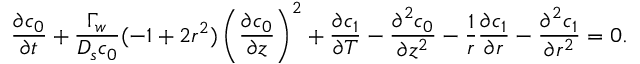
\frac { \partial c _ { 0 } } { \partial t } + \frac { \Gamma _ { w } } { D _ { s } c _ { 0 } } ( - 1 + 2 r ^ { 2 } ) \left( \frac { \partial c _ { 0 } } { \partial z } \right) ^ { 2 } + \frac { \partial c _ { 1 } } { \partial T } - \frac { \partial ^ { 2 } c _ { 0 } } { \partial z ^ { 2 } } - \frac { 1 } { r } \frac { \partial c _ { 1 } } { \partial r } - \frac { \partial ^ { 2 } c _ { 1 } } { \partial r ^ { 2 } } = 0 .